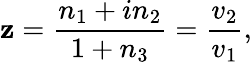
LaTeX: \mathbf{z}=\frac{{n_{1}+in_{2}}}{{1+n_{3}}}=\frac{{v_{2}}}{{v_{1}}},